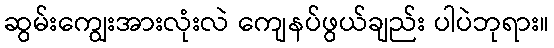
ဆွမ်းကျွေးအားလုံးလဲ ကျေနပ်ဖွယ်ချည်း ပါပဲဘုရား။